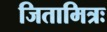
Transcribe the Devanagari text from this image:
जितामित्रः